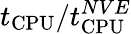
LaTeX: t_{\mathrm{CPU}}/t_{\mathrm{CPU}}^{NVE}